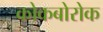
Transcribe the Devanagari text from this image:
कोकबोरोक